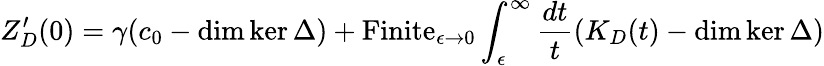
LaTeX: Z_{D}^{\prime}(0)=\gamma(c_{0}-\dim\ker\Delta)+\mathrm{Finite}_{\epsilon\to 0}\int_{\epsilon}^{\infty}{\frac{dt}{t}}(K_{D}(t)-\dim\ker\Delta)